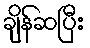
ချိန်ဆပြီး